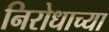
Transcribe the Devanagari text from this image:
निरोधाच्या